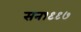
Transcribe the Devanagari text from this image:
सन१९९७